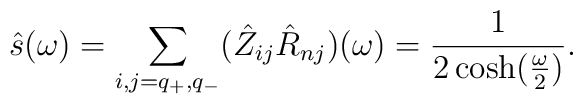
\hat s(\omega)= \sum_{i, j=q_{+}, q_{-}} (\hat Z_{ij} \hatR_{nj})(\omega)= {1\over2 \cosh({\omega \over 2})}\\.